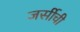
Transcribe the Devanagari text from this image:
जर्सीची